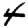
Digit: 4